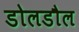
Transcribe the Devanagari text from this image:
डोलडौल